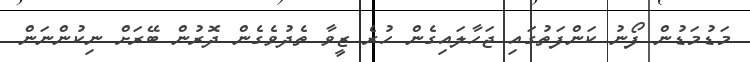
މަޑުމަޑުން ފޯނު ކަންފަތުގައި ޖަހާލައިގެން ހުރެ ޒީވާ ތެދުވެގެން ދޮރުން ބޭރަށް ނިކުންނަން